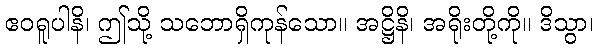
ဧဝရူပါနိ၊ ဤသို့ သဘောရှိကုန်သော။ အဋ္ဌိနိ၊ အရိုးတို့ကို။ ဒိသွာ၊